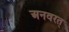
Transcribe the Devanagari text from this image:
अनवरत्